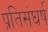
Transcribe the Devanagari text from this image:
प्रतिसंघर्ष